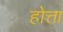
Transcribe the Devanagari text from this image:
होत्ता